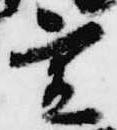
実